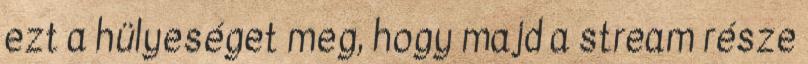
ezt a hülyeséget meg, hogy majd a stream része